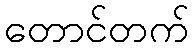
တောင်တက်